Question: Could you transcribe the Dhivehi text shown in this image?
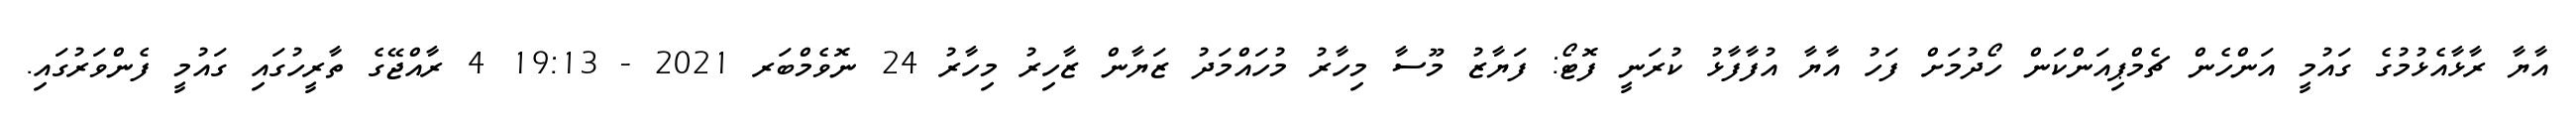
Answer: އާޔާ ރާޅާއެޅުމުގެ ގައުމީ އަންހެން ޗެމްޕިއަންކަން ހޯދުމަށް ފަހު އާޔާ އުފާފާޅު ކުރަނީ ފޮޓޯ: ފަޔާޒު މޫސާ މިހާރު މުހައްމަދު ޒަޔާން ޒާހިރު މިހާރު 24 ނޮވެމްބަރ 2021 - 19:13 4 ރާއްޖޭގެ ތާރީހުގައި ގައުމީ ފެންވަރުގައި.